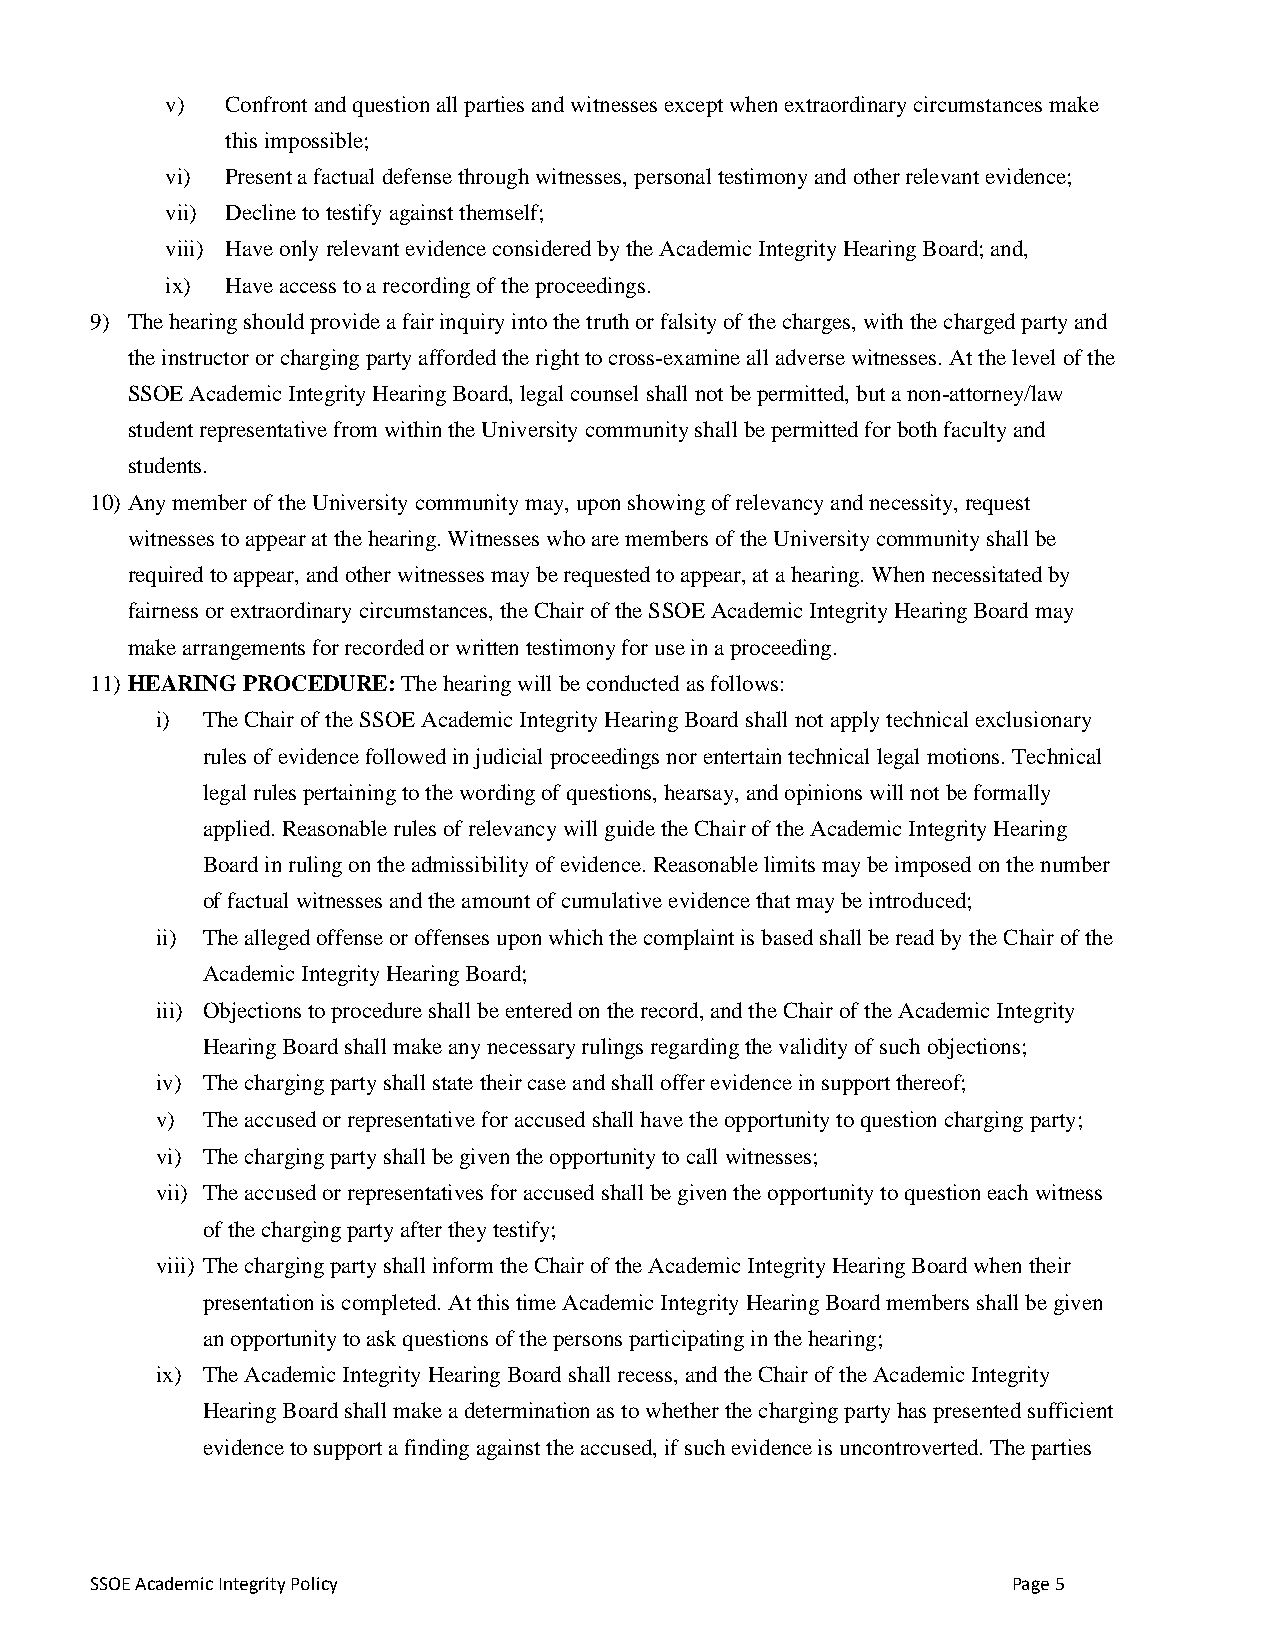
v)  Confront and question all parties and witnesses except when extraordinary circumstances make
 this impossible;
 vi) Present a factual defense through witnesses, personal testimony and other relevant evidence;
 vii) Decline to testify against themself;
 viii) Have only relevant evidence considered by the Academic Integrity Hearing Board; and,
 ix) Have access to a recording of the proceedings.
 9) The hearing should provide a fair inquiry into the truth or falsity of the charges, with the charged party and
 the instructor or charging party afforded the right to cross-examine all adverse witnesses. At the level of the
 SSOE Academic Integrity Hearing Board, legal counsel shall not be permitted, but a non-attorney/law
 student representative from within the University community shall be permitted for both faculty and
 students.
 10) Any member of the University community may, upon showing of relevancy and necessity, request
 witnesses to appear at the hearing. Witnesses who are members of the University community shall be
 required to appear, and other witnesses may be requested to appear, at a hearing. When necessitated by
 fairness or extraordinary circumstances, the Chair of the SSOE Academic Integrity Hearing Board may
 make arrangements for recorded or written testimony for use in a proceeding.
 11) HEARING PROCEDURE: The hearing will be conducted as follows:
 i) The Chair of the SSOE Academic Integrity Hearing Board shall not apply technical exclusionary
 rules of evidence followed in judicial proceedings nor entertain technical legal motions. Technical
 legal rules pertaining to the wording of questions, hearsay, and opinions will not be formally
 applied. Reasonable rules of relevancy will guide the Chair of the Academic Integrity Hearing
 Board in ruling on the admissibility of evidence. Reasonable limits may be imposed on the number
 of factual witnesses and the amount of cumulative evidence that may be introduced;
 ii) The alleged offense or offenses upon which the complaint is based shall be read by the Chair of the
 Academic Integrity Hearing Board;
 iii) Objections to procedure shall be entered on the record, and the Chair of the Academic Integrity
 Hearing Board shall make any necessary rulings regarding the validity of such objections;
 iv) The charging party shall state their case and shall offer evidence in support thereof;
 v) The accused or representative for accused shall have the opportunity to question charging party;
 vi) The charging party shall be given the opportunity to call witnesses;
 vii) The accused or representatives for accused shall be given the opportunity to question each witness
 of the charging party after they testify;
 viii) The charging party shall inform the Chair of the Academic Integrity Hearing Board when their
 presentation is completed. At this time Academic Integrity Hearing Board members shall be given
 an opportunity to ask questions of the persons participating in the hearing;
 ix) The Academic Integrity Hearing Board shall recess, and the Chair of the Academic Integrity
 Hearing Board shall make a determination as to whether the charging party has presented sufficient
 evidence to support a finding against the accused, if such evidence is uncontroverted. The parties
 SSOE Academic Integrity Policy                               Page 5